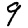
Digit: 9